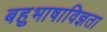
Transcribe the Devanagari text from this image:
बहुभाषाविज्ञता